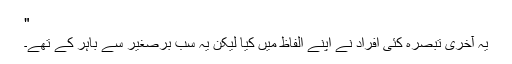
"
یہ آخری تبصرہ کئی افراد نے اپنے الفاظ میں کیا لیکن یہ سب برصغیر سے باہر کے تھے۔